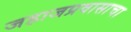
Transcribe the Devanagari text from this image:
जहाजप्रवासाचा